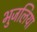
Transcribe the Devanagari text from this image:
भुजलिया